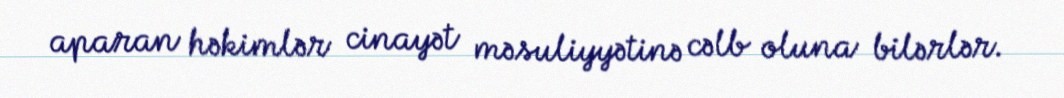
aparan həkimlər cinayət məsuliyyətinə cəlb oluna bilərlər.